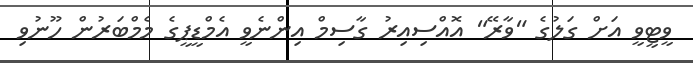
ވީޓީވީ އަށް ގަލުގެ "ވާރޭ" އޮއްސިއިރު ގާސިމް އިންނެވީ އެމްޑީޕީގެ މެމްބަރުން ހޫނުވި